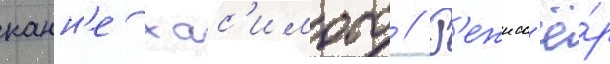
канн'е хас'имото // Р'ежисс'ё́р